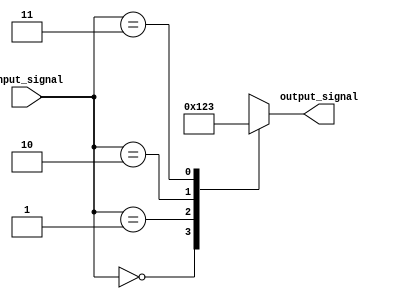
module full_case_example (
    input [1:0] input_signal,
    output reg [3:0] output_signal
);

    always @*
    begin
        case(input_signal)
            2'b00: output_signal = 4'b0000;
            2'b01: output_signal = 4'b0001;
            2'b10: output_signal = 4'b0010;
            2'b11: output_signal = 4'b0011;
            default: output_signal = 4'b1111;
        endcase
    end

endmodule